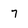
Character: 7